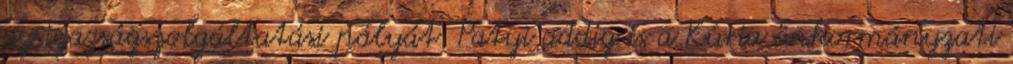
az igazságszolgáltatási pályát. Patyi addig is a Kúria önkormányzati